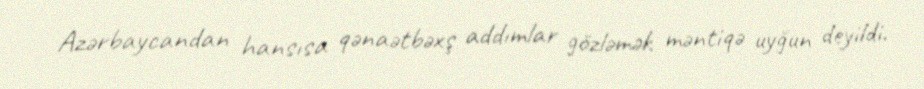
Azərbaycandan hansısa qənaətbəxş addımlar gözləmək məntiqə uyğun deyildi.